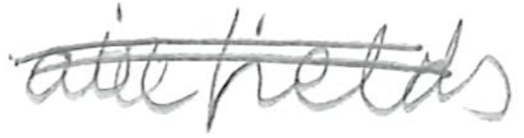
Text: airfields
Cross-out: double-line
Writing tool: pencil